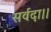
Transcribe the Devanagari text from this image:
सर्वदा।।